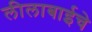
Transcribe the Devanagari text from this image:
लीलाबाईचे